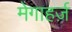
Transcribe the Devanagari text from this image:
मेगाहर्ज़